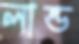
লান্ড